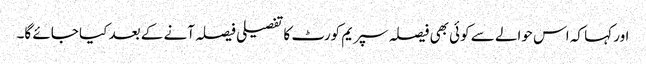
اور کہا کہ اس حوالے سے کوئی بھی فیصلہ سپریم کورٹ کا تفصیلی فیصلہ آنے کے بعد کیا جائے گا۔